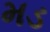
મડ